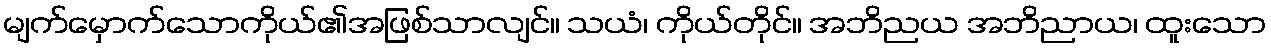
မျက်မှောက်သောကိုယ်၏အဖြစ်သာလျင်။ သယံ၊ ကိုယ်တိုင်။ အဘိညယ အဘိညာယ၊ ထူးသော